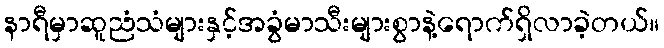
နာရီမှာဆူညံသံများနှင့်အခွံမာသီးများစွာနဲ့ရောက်ရှိလာခဲ့တယ်။